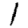
Digit: 1